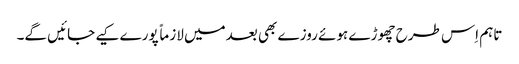
تاہم اِس طرح چھوڑے ہوئے روزے بھی بعدمیں لازماً پورے کیے جائیں گے۔